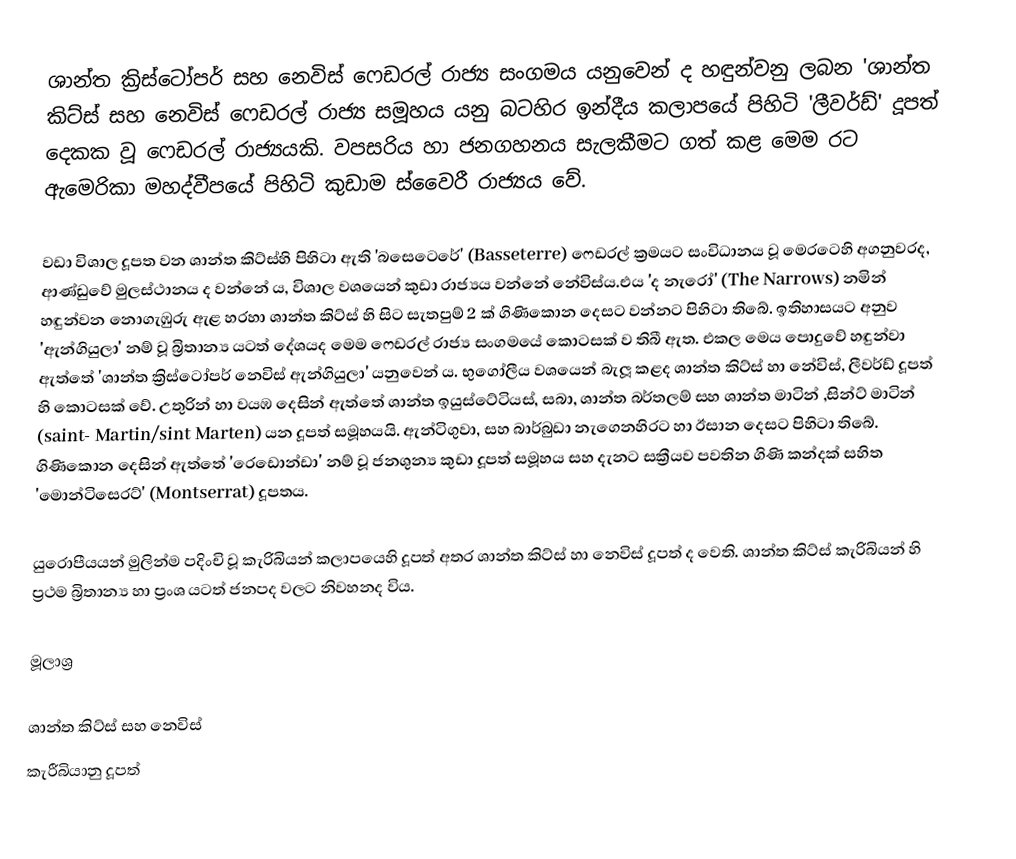
ශාන්ත ක්‍රිස්ටෝපර් සහ නෙවිස් ෆෙඩරල් රාජ්‍ය සංගමය යනුවෙන් ද හඳුන්වනු ලබන 'ශාන්ත කිට්ස් සහ නෙවිස් ෆෙඩරල් රාජ්‍ය සමූහය යනු බටහිර ඉන්දීය කලාපයේ පිහිටි 'ලීවර්ඩ්' දූපත් දෙකක වූ ෆෙඩරල් රාජ්‍යයකි. වපසරිය හා ජනගහනය සැලකීමට ගත් කළ මෙම රට ඇමෙරිකා මහද්වීපයේ පිහිටි කුඩාම ස්වෛරී රාජ්‍යය ‍වේ.

වඩා විශාල දූපත වන ශාන්ත කිට්ස්හි පිහිටා ඇති 'බසෙටෙරේ' (Basseterre) ෆෙඩරල් ක්‍රමයට සංවිධානය වූ මෙරටෙහි අගනුවරද, ආණ්ඩුවේ මුලස්ථානය ද වන්නේ ය, විශාල වශයෙන් කුඩා රාජ්‍යය වන්නේ නේවිස්ය.එය 'ද නැරෝ' (The Narrows) නමින් හඳුන්වන නොගැඹුරු ඇළ හරහා ශාන්ත කිට්ස් හි සිට සැතපුම් 2 ක් ගිණිකොන දෙසට වන්නට පිහිටා තිබේ. ඉතිහාසයට අනුව 'ඇන්ගියුලා' නම් වූ බ්‍රිතාන්‍ය යටත් දේශයද මෙම ෆෙඩරල් රාජ්‍ය සංගමයේ කොටසක් ව තිබී ඇත. එකල මෙය පොදුවේ හඳුන්වා ඇත්තේ 'ශාන්ත ක්‍රිස්ටෝපර් නෙවිස් ඇන්ගියුලා' යනුවෙන් ය. භුගෝලීය වශයෙන් බැලූ කළද ශාන්ත කිට්ස් හා නේවිස්, ලීවර්ඩ් දූපත් හි කොටසක් වේ. උතුරින් හා වයඹ දෙසින් ඇත්තේ ශාන්ත ඉයුස්ටේටියස්, සබා, ශාන්ත බර්තලම් සහ ශාන්ත මාටින් ,සින්ට් මාටින් (saint- Martin/sint Marten) යන දූපත් සමූහයයි. ඇන්ටිගුවා, සහ බාර්බුඩා නැගෙනහිරට හා ඊසාන දෙසට පිහිටා තිබේ. ගිණිකොන දෙසින් ඇත්තේ 'රෙඩොන්ඩා' නම් වූ ජනශුන්‍ය කුඩා දූපත් සමූහය සහ දැනට සක්‍රීයව පවතින ගිණි කන්දක් සහිත 'මොන්ටිසෙරට්' (Montserrat) දූපතය.

යුරොපීයයන් මුලින්ම පදිංචි වූ කැරිබියන් කලාපයෙහි දූපත් අතර ශාන්ත කිට්ස් හා නෙවිස් දූපත් ද වෙති. ශාන්ත කිට්ස් කැරිබියන් හි ප්‍රථම බ්‍රිතාන්‍ය හා ප්‍රංශ යටත් ජනපද වලට නිවහනද විය.

මූලාශ්‍ර

ශාන්ත කිට්ස් සහ නෙවිස්
කැරීබියානු දූපත්